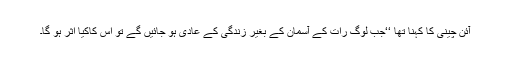
آئن چینی کا کہنا تھا ‘‘جب لوگ رات کے آسمان کے بغیر زندگی کے عادی ہو جائیں گے تو اس کاکیا اثر ہو گا۔